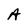
Character: A